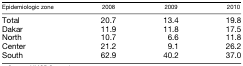
<table><thead><tr><td><b>Epidemiologic zone</b></td><td><b>2008</b></td><td><b>2009</b></td><td><b>2010</b></td></tr></thead><tbody><tr><td>Total</td><td>20.7</td><td>13.4</td><td>19.8</td></tr><tr><td>Dakar</td><td>11.9</td><td>11.8</td><td>17.5</td></tr><tr><td>North</td><td>10.7</td><td>6.6</td><td>11.8</td></tr><tr><td>Center</td><td>21.2</td><td>9.1</td><td>26.2</td></tr><tr><td>South</td><td>62.9</td><td>40.2</td><td>37.0</td></tr></tbody></table>